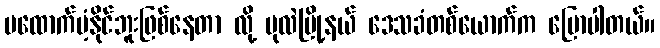
မထောက်ပံ့နိုင်ဘူးဖြစ်နေတာ လို့ ပုလဲမြို့နယ် ဒေသခံတစ်ယောက်က ပြောပါတယ်။